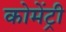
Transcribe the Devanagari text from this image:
कोमेंट्री